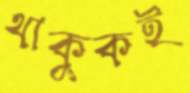
থাকুকই